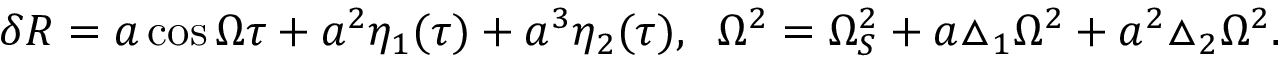
\delta R = a \cos \Omega \tau + a ^ { 2 } \eta _ { 1 } ( \tau ) + a ^ { 3 } \eta _ { 2 } ( \tau ) , \; \; \Omega ^ { 2 } = \Omega _ { S } ^ { 2 } + a \triangle _ { 1 } \Omega ^ { 2 } + a ^ { 2 } \triangle _ { 2 } \Omega ^ { 2 } .